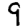
Digit: 9